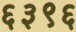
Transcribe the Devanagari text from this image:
६३९६